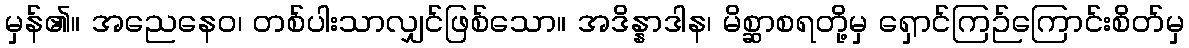
မှန်၏။ အညေနေဝ၊ တစ်ပါးသာလျှင်ဖြစ်သော။ အဒိန္နာဒါန၊ မိစ္ဆာစရတို့မှ ရှောင်ကြဉ်ကြောင်းစိတ်မှ